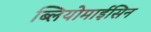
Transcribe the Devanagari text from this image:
ब्लियोमाईसिन